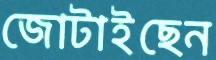
জোটাইছেন